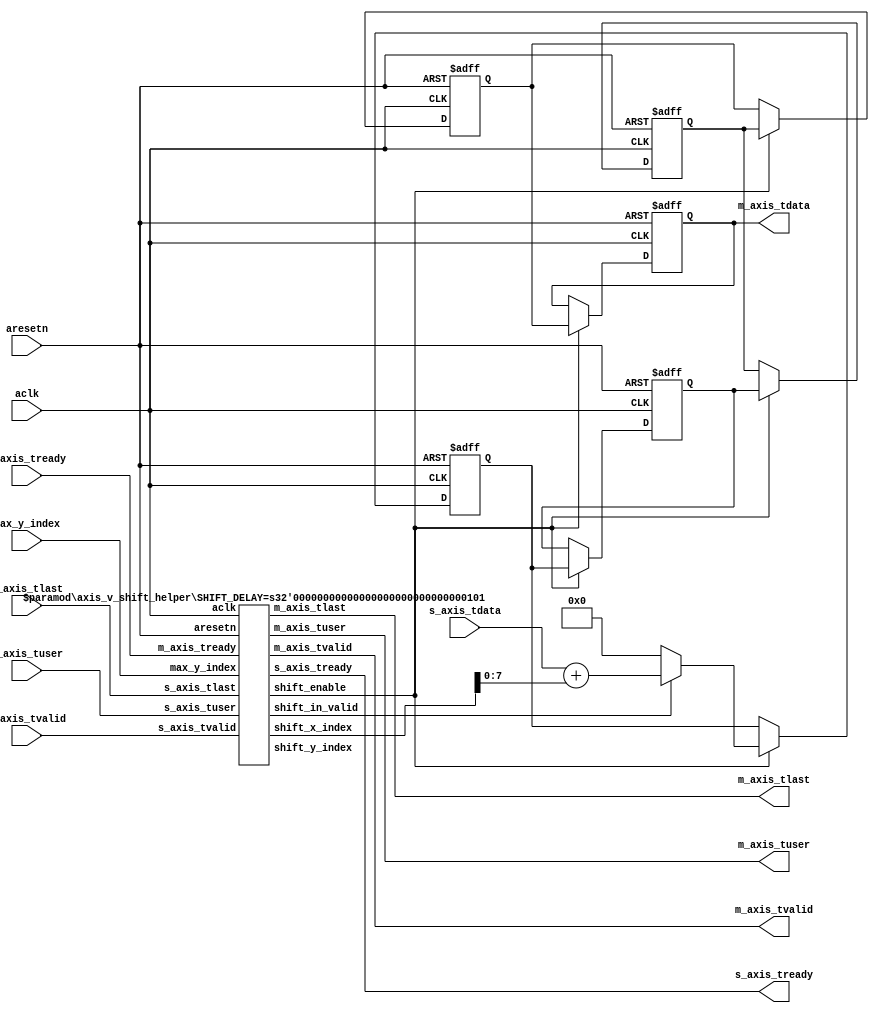

`timescale 1 ns / 1 ps

/*@Deprecated ()
module axis_v_shift_template
#(
	parameter BITS = 8,
	parameter DELAY = 2
)
(
	//Clock & Reset
	input aclk,
	input aresetn,

	//AXIS Input logic
	input [BITS-1:0] s_axis_tdata,
	input            s_axis_tvalid,
	output           s_axis_tready,
	input            s_axis_tlast, //EOF(End Of Line)
	input            s_axis_tuser, //fsync or SOF(Start Of Frame)

	//AXIS Output logic
	output [BITS-1:0] m_axis_tdata,
	output            m_axis_tvalid,
	input             m_axis_tready,
	output            m_axis_tlast, //EOF(End Of Line)
	output            m_axis_tuser //fsync or SOF(Start Of Frame)
);

	reg [BITS-1:0]  tdata_buf[DELAY-1:0];
	reg [DELAY-1:0] tlast_buf, tuser_buf;
	assign m_axis_tdata = tdata_buf[DELAY-1];
	assign m_axis_tvalid = s_axis_tvalid;
	assign s_axis_tready = m_axis_tready;
	assign m_axis_tlast = tlast_buf[DELAY-1];
	assign m_axis_tuser = tuser_buf[DELAY-1];
	
	integer i;
	always @ (posedge aclk or negedge aresetn) begin
        if (!aresetn) begin
			tlast_buf <= 0;
			tuser_buf <= 0;
			for (i = 0; i < DELAY; i = i + 1'b1) begin
				tdata_buf[i] <= 0;
			end
		end else if (s_axis_tvalid & m_axis_tready) begin
			tlast_buf <= {tlast_buf[DELAY-2:0], s_axis_tlast};
			tuser_buf <= {tuser_buf[DELAY-2:0], s_axis_tuser};
			tdata_buf[0] <= s_axis_tdata;
			for (i = 1; i < DELAY; i = i + 1'b1) begin
				tdata_buf[i] <= tdata_buf[i-1];
			end
		end
	end
endmodule
*/

module axis_v_shift_template
#(
	parameter BITS = 8
)
(
	//Clock & Reset
	input aclk,
	input aresetn,

	//Parameters
	input [11:0] max_y_index, //height-1

	//AXIS Input logic
	input [BITS-1:0] s_axis_tdata,
	input            s_axis_tvalid,
	output           s_axis_tready,
	input            s_axis_tlast, //EOL(EndOfLine)
	input            s_axis_tuser, //SOF(StartOfFrame)

	//AXIS Output logic
	output [BITS-1:0] m_axis_tdata,
	output            m_axis_tvalid,
	input             m_axis_tready,
	output            m_axis_tlast, //EOL(EndOfLine)
	output            m_axis_tuser  //SOF(StartOfFrame)
);

	wire shift_enable, shift_in_valid;
	wire [11:0] shift_x_index, shift_y_index;

	localparam SHIFT_DELAY = 5;
	axis_v_shift_helper
		#(
			.SHIFT_DELAY(SHIFT_DELAY)
		)
		shift_helper
		(
			.aclk           (aclk),
			.aresetn        (aresetn),
			.max_y_index    (max_y_index),
			.s_axis_tvalid  (s_axis_tvalid),
			.s_axis_tready  (s_axis_tready),
			.s_axis_tlast   (s_axis_tlast),
			.s_axis_tuser   (s_axis_tuser),
			.m_axis_tvalid  (m_axis_tvalid),
			.m_axis_tready  (m_axis_tready),
			.m_axis_tlast   (m_axis_tlast),
			.m_axis_tuser   (m_axis_tuser),
			.shift_enable   (shift_enable),
			.shift_in_valid (shift_in_valid),
			.shift_x_index  (shift_x_index),
			.shift_y_index  (shift_y_index)
		);

	reg [BITS-1:0] tdata_buf [SHIFT_DELAY-1:0];
	assign m_axis_tdata = tdata_buf[SHIFT_DELAY-1];

	integer i;
	always @ (posedge aclk or negedge aresetn) begin
		if (!aresetn) begin
			for (i = 0; i < SHIFT_DELAY; i = i + 1) begin
				tdata_buf[i] <= 0;
			end
		end else if (shift_enable) begin
			for (i = 1; i < SHIFT_DELAY; i = i + 1) begin
				tdata_buf[i] <= tdata_buf[i-1];
			end
			if (shift_in_valid) begin
				tdata_buf[0] <= s_axis_tdata + shift_x_index;
			end else begin
				tdata_buf[0] <= 0;
			end
		end
	end
endmodule

module axis_v_shift_helper
#(
	parameter SHIFT_DELAY = 5 //range:[2,+)
)
(
	//Clock & Reset
	input aclk,
	input aresetn,
	
	//Parameters
	input [11:0] max_y_index, //height-1

	//AXIS Input logic
	input  s_axis_tvalid,
	output s_axis_tready,
	input  s_axis_tlast, //EOL(EndOfLine)
	input  s_axis_tuser, //SOF(StartOfFrame)

	//AXIS Output logic
	output m_axis_tvalid,
	input  m_axis_tready,
	output m_axis_tlast, //EOL(EndOfLine)
	output m_axis_tuser, //SOF(StartOfFrame)

	//Shift helper
	output        shift_enable,
	output        shift_in_valid,
	output [11:0] shift_x_index,
	output [11:0] shift_y_index
);

	reg [11:0] max_y_index_int;
	reg [11:0] shift_x_index_int;
	reg [11:0] shift_y_index_int;
	reg [SHIFT_DELAY-1:0] axis_tlast_buf, axis_tuser_buf;

	assign m_axis_tlast = axis_tlast_buf[SHIFT_DELAY-1];
	assign m_axis_tuser = axis_tuser_buf[SHIFT_DELAY-1];
	assign shift_x_index = shift_x_index_int;
	assign shift_y_index = shift_y_index_int;

	wire s_axis_eof = s_axis_tlast && (shift_y_index_int == max_y_index_int);
	wire m_axis_eof;

	axis_shift_helper
		#(
			.SHIFT_DELAY(SHIFT_DELAY)
		)
		shift_helper_inst
		(
			.aclk            (aclk),
			.aresetn         (aresetn),
			.s_axis_tvalid   (s_axis_tvalid),
			.s_axis_tready   (s_axis_tready),
			.s_axis_tlast    (s_axis_eof),
			.m_axis_tvalid   (m_axis_tvalid),
			.m_axis_tready   (m_axis_tready),
			.m_axis_tlast    (m_axis_eof),
			.shift_enable    (shift_enable),
			.shift_in_valid  (shift_in_valid)
		);

    always @ (posedge aclk or negedge aresetn) begin
		if (!aresetn) begin
			max_y_index_int <= 0;
			shift_x_index_int <= 0;
			shift_y_index_int <= 0;
			axis_tlast_buf <= 0;
			axis_tuser_buf <= 0;
		end else if (shift_enable) begin
			if (m_axis_eof) begin
				max_y_index_int <= 0;
				shift_x_index_int <= 0;
				shift_y_index_int <= 0;
				axis_tlast_buf <= 0;
				axis_tuser_buf <= 0;
			end else if (shift_in_valid) begin
                axis_tlast_buf <= {axis_tlast_buf[SHIFT_DELAY-2:0], s_axis_tlast};
				axis_tuser_buf <= {axis_tuser_buf[SHIFT_DELAY-2:0], s_axis_tuser};
				if (s_axis_tuser) begin
					max_y_index_int <= max_y_index;
					shift_x_index_int <= 1;
					shift_y_index_int <= 0;
				end else if (s_axis_tlast) begin
					max_y_index_int <= max_y_index_int;
					shift_x_index_int <= 0;
					shift_y_index_int <= shift_y_index_int + 1'b1;
				end else begin
					max_y_index_int <= max_y_index_int;
					shift_x_index_int <= shift_x_index_int + 1'b1;
					shift_y_index_int <= shift_y_index_int;
				end
			end else begin
				max_y_index_int <= max_y_index_int;
				shift_x_index_int <= 0;
				shift_y_index_int <= 0;
				axis_tlast_buf <= {axis_tlast_buf[SHIFT_DELAY-2:0], 1'b0};
				axis_tuser_buf <= {axis_tuser_buf[SHIFT_DELAY-2:0], 1'b0};
			end
		end else begin
			max_y_index_int <= max_y_index_int;
			shift_x_index_int <= shift_x_index_int;
			shift_y_index_int <= shift_y_index_int;
			axis_tlast_buf <= axis_tlast_buf;
			axis_tuser_buf <= axis_tuser_buf;
		end
	end

endmodule

module axis_shift_helper
#(
	parameter SHIFT_DELAY = 5 //range:[2,+)
)
(
	//Clock & Reset
	input aclk,
	input aresetn,

	//AXIS Input logic
	input  s_axis_tvalid,
	output s_axis_tready,
	input  s_axis_tlast,

	//AXIS Output logic
	output m_axis_tvalid,
	input  m_axis_tready,
	output m_axis_tlast,

	//Shift helper
	output shift_enable,
	output shift_in_valid
);

	localparam S_IDLE      = 5'b00001;
	localparam S_FILLING   = 5'b00010;
	localparam S_SHIFTING  = 5'b00100;
	localparam S_FLUSHING  = 5'b01000;
	localparam S_DONE      = 5'b10000;

	reg [4:0] current_state, next_state;
	reg [clogb2(SHIFT_DELAY)-1:0] shift_count;

    always @ (posedge aclk or negedge aresetn) begin
		if (!aresetn) begin
			current_state <= S_IDLE;
		end else begin
			current_state <= next_state;
		end
	end

	always @ (*) begin
		if (!aresetn) begin
			next_state = S_IDLE;
		end else begin
			case (current_state)
				S_IDLE: begin
					if (s_axis_tvalid) begin
						next_state = S_FILLING;
					end else begin
						next_state = S_IDLE;
					end
				end
				S_FILLING: begin
					if (s_axis_tvalid) begin
						if (s_axis_tlast) begin
							next_state = S_FLUSHING;
						end else if (shift_count + 1'b1 == SHIFT_DELAY) begin
							next_state = S_SHIFTING;
						end else begin
							next_state = S_FILLING;
						end
					end else begin
						next_state = S_FILLING;
					end
				end
				S_SHIFTING: begin
					if (s_axis_tvalid & m_axis_tready) begin
						if (s_axis_tlast) begin
							next_state = S_FLUSHING;
						end else begin
							next_state = S_SHIFTING;
						end
					end else begin
						next_state = S_SHIFTING;
					end
				end
				S_FLUSHING: begin
					if (m_axis_tready) begin
                        if (shift_count - 1'b1 == 1) begin
							next_state = S_DONE;
						end else begin
							next_state = S_FLUSHING;
						end
					end else begin
						next_state = S_FLUSHING;
					end
				end
				S_DONE: begin
					if (m_axis_tready) begin
						next_state = S_IDLE;
					end else begin
						next_state = S_DONE;
					end
				end
				default: begin
					next_state = S_IDLE;
				end
			endcase
		end
	end

    always @ (posedge aclk or negedge aresetn) begin
		if (!aresetn) begin
			shift_count <= 0;
		end else begin
			case (current_state)
				S_IDLE: begin
					shift_count <= 0;
				end
				S_FILLING: begin
					if (s_axis_tvalid) begin
						shift_count <= shift_count + 1'b1;
					end else begin
						shift_count <= shift_count;
					end
				end
				S_SHIFTING: begin
					shift_count <= shift_count;
				end
				S_FLUSHING: begin
					if (m_axis_tready) begin
						shift_count <= shift_count - 1'b1;
					end else begin
						shift_count <= shift_count;
					end
				end
				S_DONE: begin
					shift_count <= 0;
				end
				default: begin
					shift_count <= 0;
				end
			endcase
		end
	end

	reg s_axis_tready_int;
	reg m_axis_tvalid_int;
	reg m_axis_tlast_int;
	reg shift_enable_int;
	reg shift_in_valid_int;
	assign s_axis_tready  = s_axis_tready_int;
	assign m_axis_tvalid  = m_axis_tvalid_int;
	assign m_axis_tlast   = m_axis_tlast_int;
	assign shift_enable   = shift_enable_int;
	assign shift_in_valid = shift_in_valid_int;

	always @ (*) begin
		if (!aresetn) begin
			s_axis_tready_int  = 0;
			m_axis_tvalid_int  = 0;
			m_axis_tlast_int   = 0;
			shift_enable_int   = 0;
			shift_in_valid_int = 0;
		end else begin
			case (current_state)
				S_IDLE: begin
					s_axis_tready_int  = 0;
					m_axis_tvalid_int  = 0;
					m_axis_tlast_int   = 0;
					shift_enable_int   = 0;
					shift_in_valid_int = 0;
				end
				S_FILLING: begin
					s_axis_tready_int  = 1;
					m_axis_tvalid_int  = 0;
					m_axis_tlast_int   = 0;
					shift_enable_int   = s_axis_tvalid;
					shift_in_valid_int = s_axis_tvalid;
				end
				S_SHIFTING: begin
					s_axis_tready_int  = m_axis_tready;
					m_axis_tvalid_int  = s_axis_tvalid;
					m_axis_tlast_int   = 0;
					shift_enable_int   = m_axis_tready & s_axis_tvalid;
					shift_in_valid_int = m_axis_tready & s_axis_tvalid;
				end
				S_FLUSHING: begin
					s_axis_tready_int  = 0;
					m_axis_tvalid_int  = 1;
					m_axis_tlast_int   = 0;
					shift_enable_int   = m_axis_tready;
					shift_in_valid_int = 0;
				end
				S_DONE: begin
					s_axis_tready_int = 0;
					m_axis_tvalid_int = 1;
					m_axis_tlast_int  = 1;
					shift_enable_int   = m_axis_tready;
					shift_in_valid_int = 0;
				end
				default: begin
					s_axis_tready_int = 0;
					m_axis_tvalid_int = 0;
					m_axis_tlast_int  = 0;
					shift_enable_int   = 0;
					shift_in_valid_int = 0;
				end
			endcase
		end
	end

	function integer clogb2;
	input integer depth;
	begin
		for (clogb2 = 0; depth > 0; clogb2 = clogb2 + 1)
			depth = depth >> 1;
	end
	endfunction
endmodule